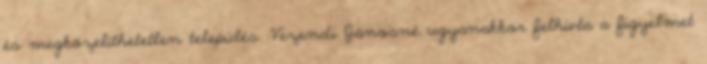
és megközelíthetetlen település. Vezendi Jánosné ugyanakkor felhívta a figyelmet